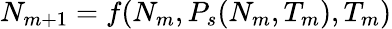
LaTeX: \begin{array}{r}{N_{m+1}=f(N_{m},P_{s}(N_{m},T_{m}),T_{m})}\end{array}